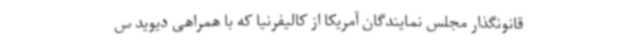
قانونگذار مجلس نمایندگان آمریکا از کالیفرنیا که با همراهی دیوید س